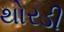
થોરડી